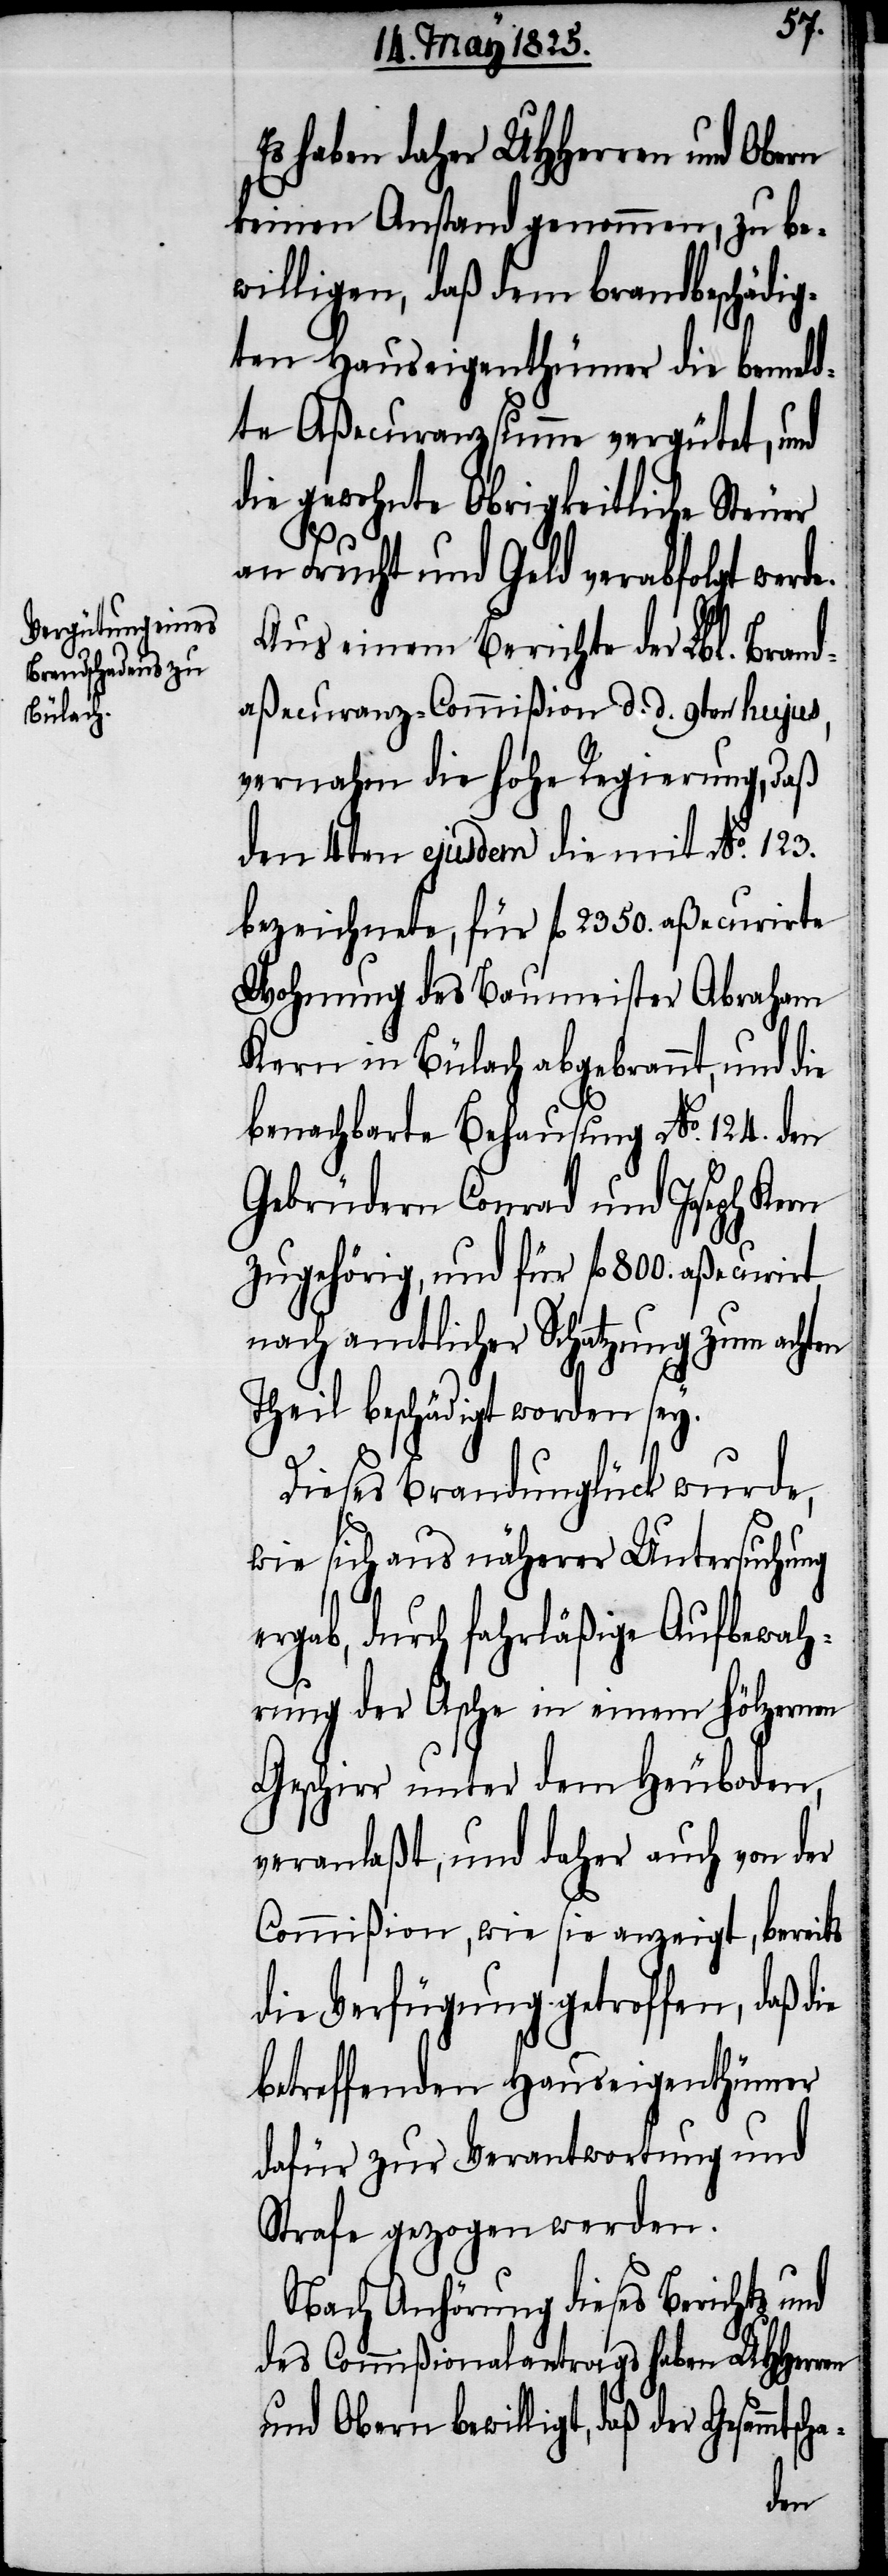
Es haben daher UHHerren und Obern
keinen Anstand genommen, zu be¬
willigen, daß dem brandbeschädig¬
ten Hauseigenthümer die bemeld¬
te Aßecuranzsumme vergütet, und
die gewohnte Obrigkeitliche Steuer
an Frucht und Geld verabfolgt werde.
Aus einem Berichte der Lbl. Brand¬
aßecuranz-Commißion d. d. 9ten hujus,
vernahm die hohe Regierung, daß
den 4ten ejusdem die mit No. 123.
bezeichnete, für fl. 2350. aßecurirte
Wohnung des Baumeister Abraham
Kern in Bülach abgebrannt, und die
benachbarte Behausung No. 124. den
Gebrüdern Conrad und Joseph Kern
zugehörig, und für fl. 800. aßecurirt
nach amtlicher Schatzung zum achten
Theil beschädigt worden sey.
Dieses Brandunglück wurde,
wie sich aus näherer Untersuchung
ergab, durch fahrläßige Aufbewah¬
rung der Asche in einem hölzernen
Geschirr unter dem Heuboden,
veranlaßt, und daher auch von der
Commißion, wie sie anzeigt, bereits
die Verfügung getroffen, daß die
betreffenden Hauseigenthümer
dafür zur Verantwortung und
Strafe gezogen werden.
Nach Anhörung dieses Berichts und
des Commißionalantrags haben UHHerren
und Obern bewilligt, daß der